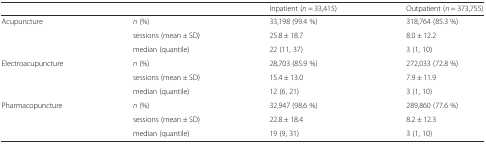
<table><thead><tr><td></td><td></td><td><b>Inpatient (<i>n</i> = 33,415)</b></td><td><b>Outpatient (<i>n</i> = 373,755)</b></td></tr></thead><tbody><tr><td>Acupuncture</td><td><i>n</i> (%)</td><td>33,198 (99.4 %)</td><td>318,764 (85.3 %)</td></tr><tr><td></td><td>sessions (mean ± SD)</td><td>25.8 ± 18.7</td><td>8.0 ± 12.2</td></tr><tr><td></td><td>median (quantile)</td><td>22 (11, 37)</td><td>3 (1, 10)</td></tr><tr><td>Electroacupuncture</td><td><i>n</i> (%)</td><td>28,703 (85.9 %)</td><td>272,033 (72.8 %)</td></tr><tr><td></td><td>sessions (mean ± SD)</td><td>15.4 ± 13.0</td><td>7.9 ± 11.9</td></tr><tr><td></td><td>median (quantile)</td><td>12 (6, 21)</td><td>3 (1, 10)</td></tr><tr><td>Pharmacopuncture</td><td><i>n</i> (%)</td><td>32,947 (98.6 %)</td><td>289,860 (77.6 %)</td></tr><tr><td></td><td>sessions (mean ± SD)</td><td>22.8 ± 18.4</td><td>8.2 ± 12.3</td></tr><tr><td></td><td>median (quantile)</td><td>19 (9, 31)</td><td>3 (1, 10)</td></tr></tbody></table>